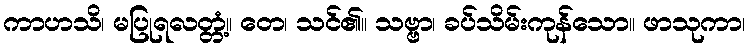
ကာဟသိ၊ မပြုရလတ္တံ့။ တေ၊ သင်၏။ သဗ္ဗာ၊ ခပ်သိမ်းကုန်သော။ ဖာသုကာ၊